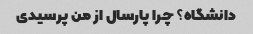
دانشگاه؟ چرا پارسال از من پرسیدی